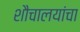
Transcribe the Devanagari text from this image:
शौचालयांचा